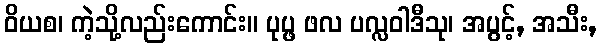
ဝိယစ၊ ကဲ့သို့လည်းကောင်း။ ပုပ္ဖ ဖလ ပလ္လဝါဒီသု၊ အပွင့်, အသီး,